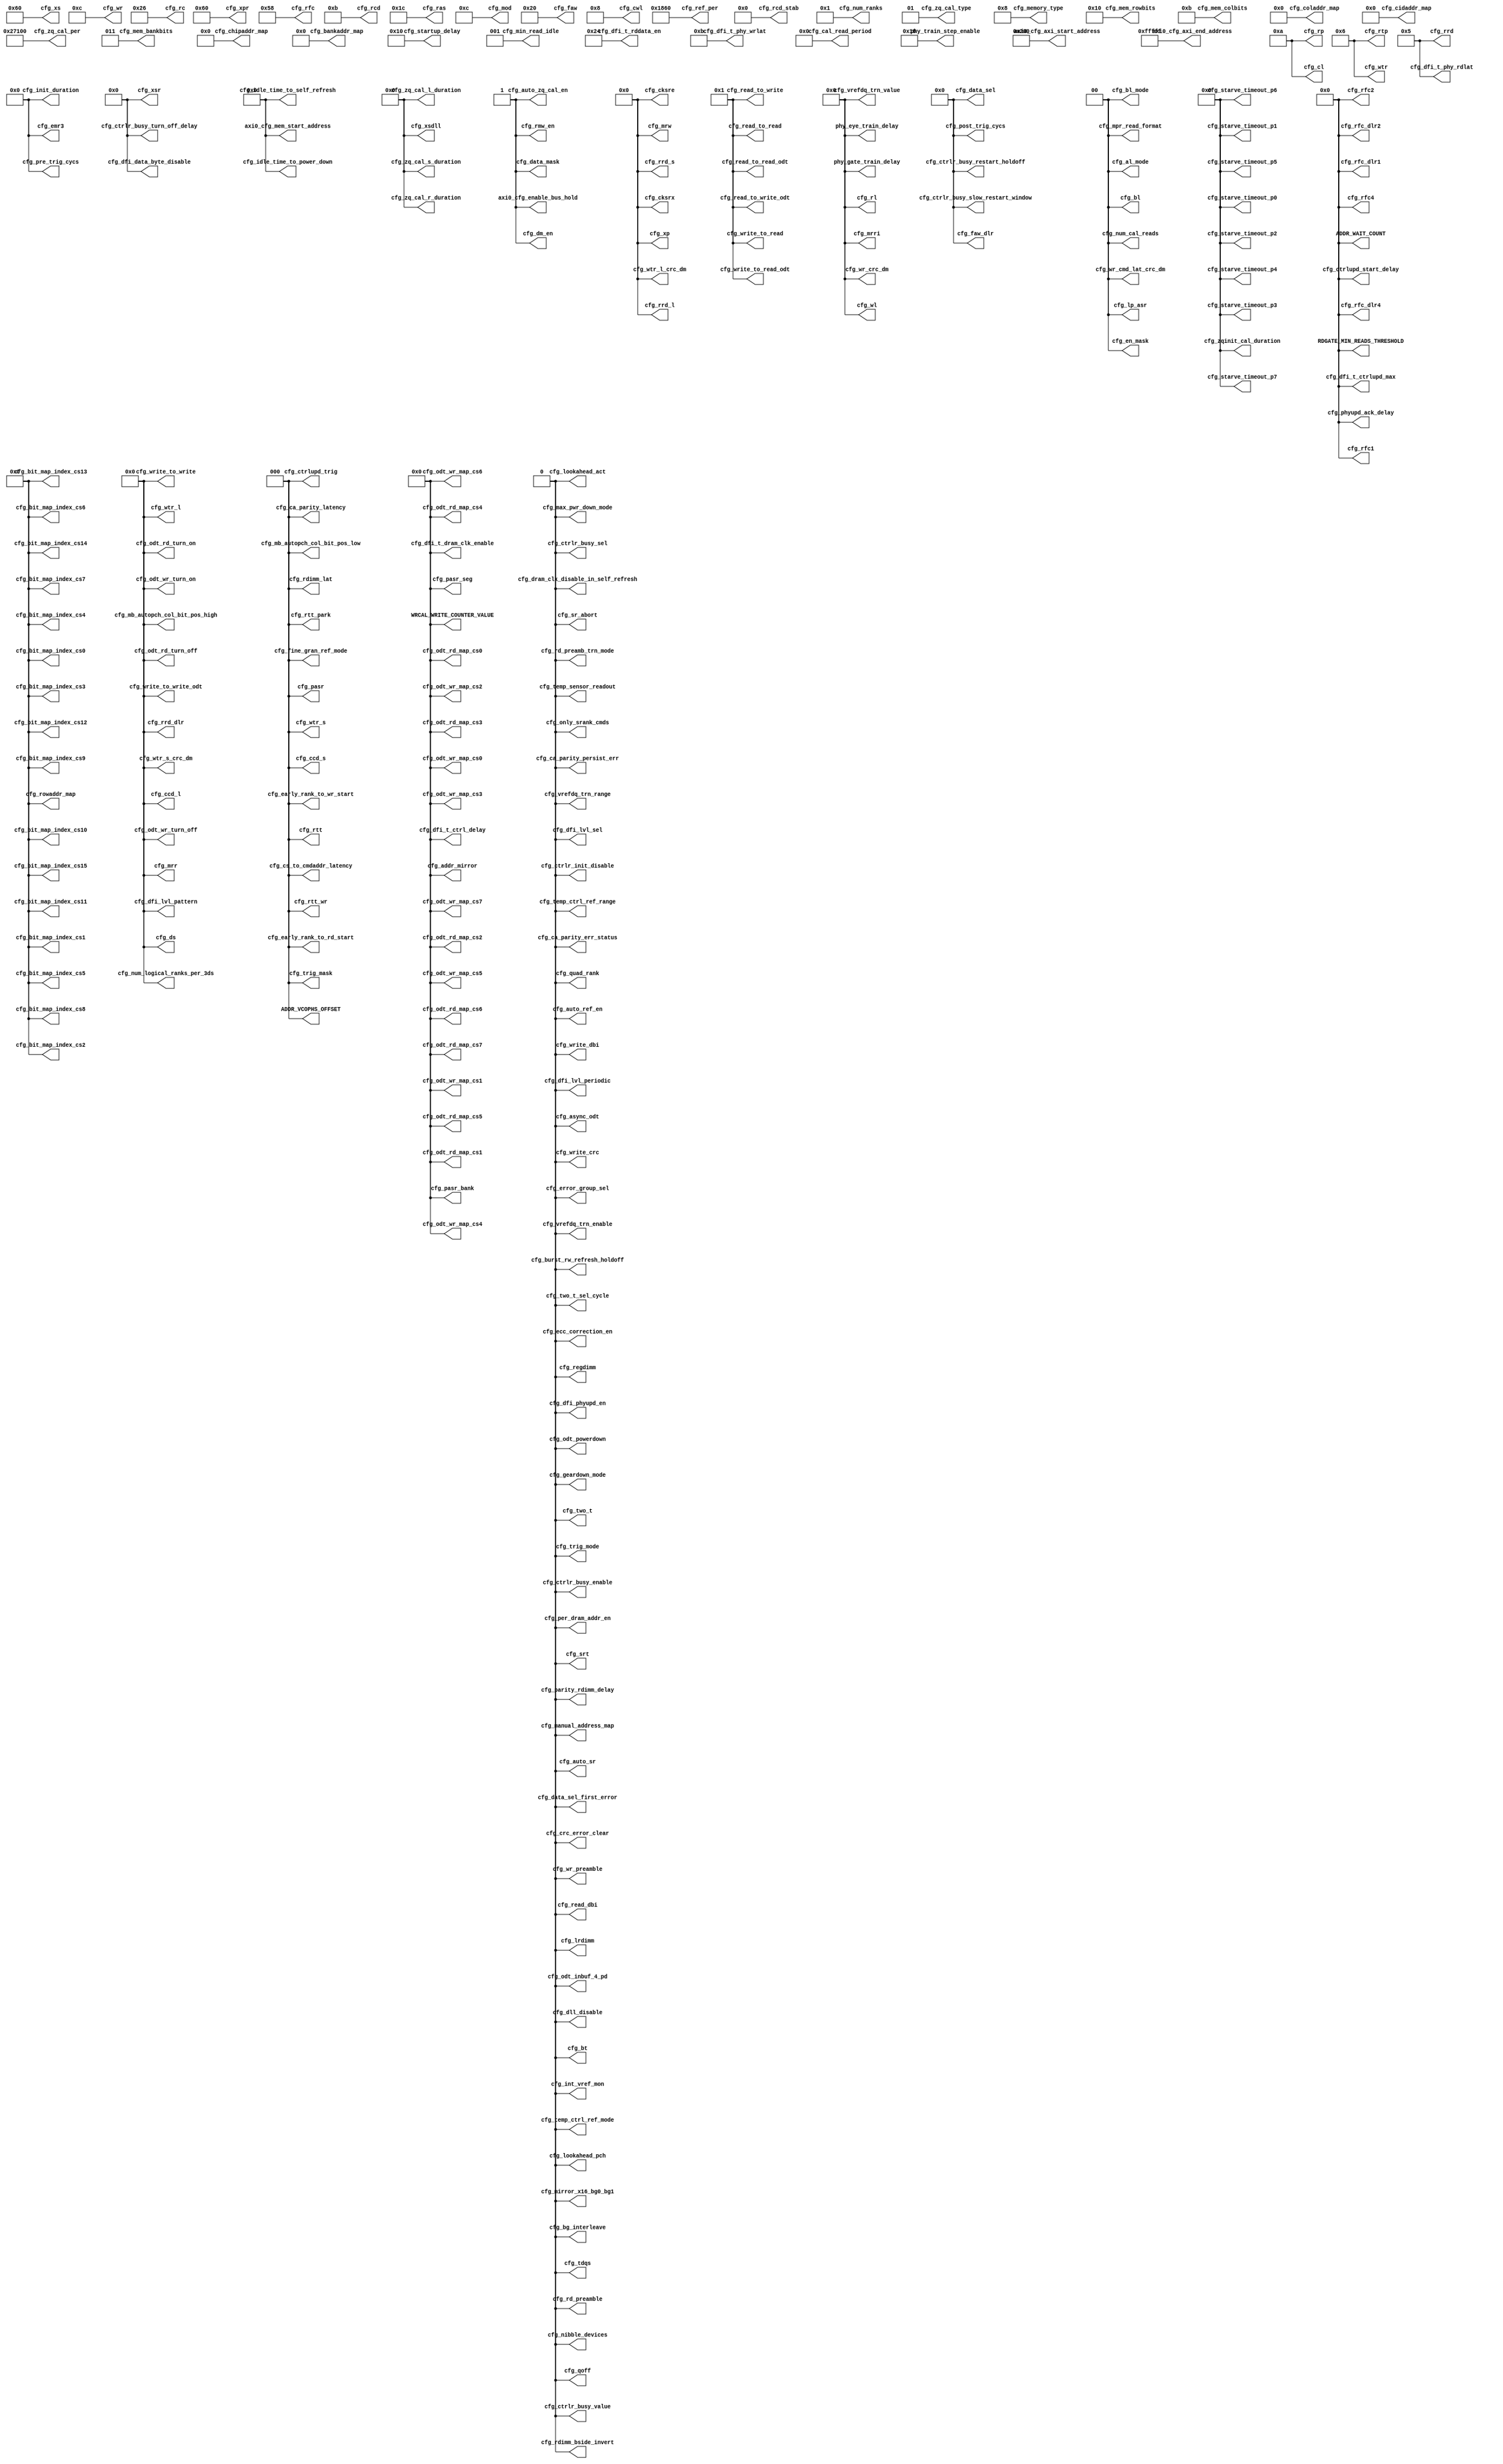
module PF_DDR_CFG_INIT (
    cfg_zqinit_cal_duration,
    cfg_zq_cal_type,
    cfg_zq_cal_s_duration,
    cfg_zq_cal_r_duration,
    cfg_zq_cal_per,
    cfg_zq_cal_l_duration,
    cfg_xsr,
    cfg_xsdll,
    cfg_xs,
    cfg_xpr,
    cfg_xp,
    cfg_wtr_s_crc_dm,
    cfg_wtr_s,
    cfg_wtr_l_crc_dm,
    cfg_wtr_l,
    cfg_wtr,
    cfg_write_to_write_odt,
    cfg_write_to_write,
    cfg_write_to_read_odt,
    cfg_write_to_read,
    cfg_write_dbi,
    cfg_write_crc,
    cfg_wr_preamble,
    cfg_wr_crc_dm,
    cfg_wr_cmd_lat_crc_dm,
    cfg_wr,
    cfg_wl,
    cfg_vrefdq_trn_value,
    cfg_vrefdq_trn_range,
    cfg_vrefdq_trn_enable,
    cfg_two_t_sel_cycle,
    cfg_two_t,
    cfg_trig_mode,
    cfg_trig_mask,
    cfg_temp_sensor_readout,
    cfg_temp_ctrl_ref_range,
    cfg_temp_ctrl_ref_mode,
    cfg_tdqs,
    cfg_starve_timeout_p7,
    cfg_starve_timeout_p6,
    cfg_starve_timeout_p5,
    cfg_starve_timeout_p4,
    cfg_starve_timeout_p3,
    cfg_starve_timeout_p2,
    cfg_starve_timeout_p1,
    cfg_starve_timeout_p0,
    cfg_pre_trig_cycs, 
    cfg_startup_delay,
    cfg_srt,
    cfg_sr_abort,
    cfg_rtt_wr,
    cfg_rtt_park,
    cfg_rtt,
    cfg_rtp,
    cfg_rrd_s,
    cfg_rrd_l,
    cfg_rrd_dlr,
    cfg_rrd,
    cfg_rp,
    cfg_rowaddr_map,
    cfg_rmw_en,
    cfg_rl,
    cfg_rfc_dlr4,
    cfg_rfc_dlr2,
    cfg_rfc_dlr1,
    cfg_rfc4,
    cfg_rfc2,
    cfg_rfc1,
    cfg_rfc,
    cfg_regdimm,
    cfg_ref_per,
    cfg_read_to_write_odt,
    cfg_read_to_write,
    cfg_read_to_read_odt,
    cfg_read_to_read,
    cfg_read_dbi,
    cfg_rdimm_lat,
    cfg_rdimm_bside_invert,
    cfg_rd_preamble,
    cfg_rd_preamb_trn_mode,
    cfg_rcd_stab,
    cfg_rcd,
    cfg_rc,
    cfg_ras,
    cfg_quad_rank,
    cfg_qoff,
    cfg_post_trig_cycs,
    cfg_phyupd_ack_delay,
    cfg_per_dram_addr_en,
    cfg_pasr_seg,
    cfg_pasr_bank,
    cfg_pasr,
    cfg_parity_rdimm_delay,
    cfg_only_srank_cmds,
    cfg_odt_wr_turn_on,
    cfg_odt_wr_turn_off,
    cfg_odt_wr_map_cs7,
    cfg_odt_wr_map_cs6,
    cfg_odt_wr_map_cs5,
    cfg_odt_wr_map_cs4,
    cfg_odt_wr_map_cs3,
    cfg_odt_wr_map_cs2,
    cfg_odt_wr_map_cs1,
    cfg_odt_wr_map_cs0,
    cfg_odt_rd_turn_on,
    cfg_odt_rd_turn_off,
    cfg_odt_rd_map_cs7,
    cfg_odt_rd_map_cs6,
    cfg_odt_rd_map_cs5,
    cfg_odt_rd_map_cs4,
    cfg_odt_rd_map_cs3,
    cfg_odt_rd_map_cs2,
    cfg_odt_rd_map_cs1,
    cfg_odt_rd_map_cs0,
    cfg_odt_powerdown,
    cfg_odt_inbuf_4_pd,
    cfg_num_ranks,
    cfg_num_logical_ranks_per_3ds,
    cfg_num_cal_reads,
    cfg_nibble_devices,
    cfg_mrw,
    cfg_mrri,
    cfg_mrr,
    cfg_mpr_read_format,
    cfg_mod,
    cfg_mirror_x16_bg0_bg1,
    cfg_min_read_idle,
    cfg_memory_type,
    cfg_mem_rowbits,
    cfg_mem_colbits,
    cfg_mem_bankbits,
    cfg_mb_autopch_col_bit_pos_low,
    cfg_mb_autopch_col_bit_pos_high,
    cfg_max_pwr_down_mode,
    cfg_manual_address_map,
    cfg_lrdimm,
    cfg_lp_asr,
    cfg_lookahead_pch,
    cfg_lookahead_act,
    cfg_int_vref_mon,
    cfg_init_duration,
    cfg_idle_time_to_self_refresh,
    cfg_idle_time_to_power_down,
    cfg_geardown_mode,
    cfg_fine_gran_ref_mode,
    cfg_faw_dlr,
    cfg_faw,
    cfg_error_group_sel,
    cfg_en_mask,
    cfg_emr3,
    cfg_ecc_correction_en,
    cfg_early_rank_to_wr_start,
    cfg_early_rank_to_rd_start,
    cfg_ds,
    cfg_dram_clk_disable_in_self_refresh,
    cfg_dm_en,
    cfg_dll_disable,
    cfg_dfi_t_rddata_en,
    cfg_dfi_t_phy_wrlat,
    cfg_dfi_t_phy_rdlat,
    cfg_dfi_t_dram_clk_enable,
    cfg_dfi_t_ctrlupd_max,
    cfg_dfi_t_ctrl_delay,
    cfg_dfi_phyupd_en,
    cfg_dfi_lvl_sel,
    cfg_dfi_lvl_periodic,
    cfg_dfi_lvl_pattern,
    cfg_dfi_data_byte_disable,
    cfg_data_sel,
    cfg_data_sel_first_error,
    cfg_data_mask,
    cfg_cwl,
    cfg_ctrlupd_trig,
    cfg_ctrlupd_start_delay,
    cfg_ctrlr_init_disable,
    cfg_ctrlr_busy_value,
    cfg_ctrlr_busy_turn_off_delay,
    cfg_ctrlr_busy_slow_restart_window,
    cfg_ctrlr_busy_sel,
    cfg_ctrlr_busy_restart_holdoff,
    cfg_ctrlr_busy_enable,
    cfg_cs_to_cmdaddr_latency,
    cfg_crc_error_clear,
    cfg_coladdr_map,
    cfg_cl,
    cfg_cksrx,
    cfg_cksre,
    cfg_cidaddr_map,
    cfg_chipaddr_map,
    cfg_ccd_s,
    cfg_ccd_l,
    cfg_cal_read_period,
    cfg_ca_parity_persist_err,
    cfg_ca_parity_latency,
    cfg_ca_parity_err_status,
    cfg_burst_rw_refresh_holdoff,
    cfg_bt,
    cfg_bl_mode,
    cfg_bl,
    cfg_bit_map_index_cs9,
    cfg_bit_map_index_cs8,
    cfg_bit_map_index_cs7,
    cfg_bit_map_index_cs6,
    cfg_bit_map_index_cs5,
    cfg_bit_map_index_cs4,
    cfg_bit_map_index_cs3,
    cfg_bit_map_index_cs2,
    cfg_bit_map_index_cs15,
    cfg_bit_map_index_cs14,
    cfg_bit_map_index_cs13,
    cfg_bit_map_index_cs12,
    cfg_bit_map_index_cs11,
    cfg_bit_map_index_cs10,
    cfg_bit_map_index_cs1,
    cfg_bit_map_index_cs0,
    cfg_bg_interleave,
    cfg_bankaddr_map,
    cfg_auto_zq_cal_en,
    cfg_auto_sr,
    cfg_auto_ref_en,
    cfg_async_odt,
    cfg_al_mode,
    cfg_addr_mirror,
    axi0_cfg_axi_start_address,
    axi0_cfg_axi_end_address,
    axi0_cfg_mem_start_address,
    axi0_cfg_enable_bus_hold,
    phy_train_step_enable,
    ADDR_WAIT_COUNT,
    WRCAL_WRITE_COUNTER_VALUE,
    RDGATE_MIN_READS_THRESHOLD,
    phy_gate_train_delay,
    phy_eye_train_delay,
    ADDR_VCOPHS_OFFSET
);

    parameter SKIP_STARTUP_DELAY_SIMULATION = 1;
    parameter SKIP_TRAINING_SIMULATION = 1;
    parameter DEF_CFG_ZQINIT_CAL_DURATION = 12'h000;
    parameter DEF_CFG_ZQ_CAL_TYPE = 2'h1;
    parameter DEF_CFG_ZQ_CAL_S_DURATION = 11'h000;
    parameter DEF_CFG_ZQ_CAL_R_DURATION = 11'h000;
    parameter DEF_CFG_ZQ_CAL_PER = 32'h00027100;
    parameter DEF_CFG_ZQ_CAL_L_DURATION = 11'h000;
    parameter DEF_CFG_XSR = 9'h000;
    parameter DEF_CFG_XSDLL = 11'h000;
    parameter DEF_CFG_XS = 9'h060;
    parameter DEF_CFG_XPR = 10'h060;
    parameter DEF_CFG_XP = 5'h00;
    parameter DEF_CFG_WTR_S_CRC_DM = 4'h0;
    parameter DEF_CFG_WTR_S = 3'h0;
    parameter DEF_CFG_WTR_L_CRC_DM = 5'h00;
    parameter DEF_CFG_WTR_L = 4'h0;
    parameter DEF_CFG_WTR = 5'h06;
    parameter DEF_CFG_WRITE_TO_WRITE_ODT = 4'h0;
    parameter DEF_CFG_WRITE_TO_WRITE = 4'h0;
    parameter DEF_CFG_WRITE_TO_READ_ODT = 4'h1;
    parameter DEF_CFG_WRITE_TO_READ = 4'h1;
    parameter DEF_CFG_WRITE_DBI = 1'h0;
    parameter DEF_CFG_WRITE_CRC = 1'h0;
    parameter DEF_CFG_WR_PREAMBLE = 1'h0;
    parameter DEF_CFG_WR_CRC_DM = 6'h00;
    parameter DEF_CFG_WR_CMD_LAT_CRC_DM = 2'h0;
    parameter DEF_CFG_WR = 6'h0c;
    parameter DEF_CFG_WL = 6'h00;
    parameter DEF_CFG_VREFDQ_TRN_VALUE = 6'h00;
    parameter DEF_CFG_VREFDQ_TRN_RANGE = 1'h0;
    parameter DEF_CFG_VREFDQ_TRN_ENABLE = 1'h0;
    parameter DEF_CFG_TWO_T_SEL_CYCLE = 1'h0;
    parameter DEF_CFG_TWO_T = 1'h0;
    parameter DEF_CFG_TRIG_MODE = 1'h0;
    parameter DEF_CFG_TRIG_MASK = 3'h0;
    parameter DEF_CFG_TEMP_SENSOR_READOUT = 1'h0;
    parameter DEF_CFG_TEMP_CTRL_REF_RANGE = 1'h0;
    parameter DEF_CFG_TEMP_CTRL_REF_MODE = 1'h0;
    parameter DEF_CFG_TDQS = 1'h0;
    parameter DEF_CFG_STARVE_TIMEOUT_P7 = 12'h000;
    parameter DEF_CFG_STARVE_TIMEOUT_P6 = 12'h000;
    parameter DEF_CFG_STARVE_TIMEOUT_P5 = 12'h000;
    parameter DEF_CFG_STARVE_TIMEOUT_P4 = 12'h000;
    parameter DEF_CFG_STARVE_TIMEOUT_P3 = 12'h000;
    parameter DEF_CFG_STARVE_TIMEOUT_P2 = 12'h000;
    parameter DEF_CFG_STARVE_TIMEOUT_P1 = 12'h000;
    parameter DEF_CFG_STARVE_TIMEOUT_P0 = 12'h000;
    parameter DEF_CFG_PRE_TRIG_CYCS = 16'h0000;
    parameter DEF_CFG_STARTUP_DELAY = 19'h00010;
    parameter DEF_CFG_SRT = 1'h0;
    parameter DEF_CFG_SR_ABORT = 1'h0;
    parameter DEF_CFG_RTT_WR = 3'h0;
    parameter DEF_CFG_RTT_PARK = 3'h0;
    parameter DEF_CFG_RTT = 3'h0;
    parameter DEF_CFG_RTP = 5'h06;
    parameter DEF_CFG_RRD_S = 5'h00;
    parameter DEF_CFG_RRD_L = 5'h00;
    parameter DEF_CFG_RRD_DLR = 4'h0;
    parameter DEF_CFG_RRD = 5'h05;
    parameter DEF_CFG_RP = 6'h0a;
    parameter DEF_CFG_ROWADDR_MAP_3 = 24'h000000;
    parameter DEF_CFG_ROWADDR_MAP_2 = 28'h0000000;
    parameter DEF_CFG_ROWADDR_MAP_1 = 28'h0000000;
    parameter DEF_CFG_ROWADDR_MAP_0 = 28'h0000000;
    parameter DEF_CFG_RMW_EN = 1'h1;
    parameter DEF_CFG_RL = 6'h00;
    parameter DEF_CFG_RFC_DLR4 = 10'h000;
    parameter DEF_CFG_RFC_DLR2 = 10'h000;
    parameter DEF_CFG_RFC_DLR1 = 10'h000;
    parameter DEF_CFG_RFC4 = 10'h000;
    parameter DEF_CFG_RFC2 = 10'h000;
    parameter DEF_CFG_RFC1 = 10'h000;
    parameter DEF_CFG_RFC = 10'h058;
    parameter DEF_CFG_REGDIMM = 1'h0;
    parameter DEF_CFG_REF_PER = 16'h1860;
    parameter DEF_CFG_READ_TO_WRITE_ODT = 4'h1;
    parameter DEF_CFG_READ_TO_WRITE = 4'h1;
    parameter DEF_CFG_READ_TO_READ_ODT = 4'h1;
    parameter DEF_CFG_READ_TO_READ = 4'h1;
    parameter DEF_CFG_READ_DBI = 1'h0;
    parameter DEF_CFG_RDIMM_LAT = 3'h0;
    parameter DEF_CFG_RDIMM_BSIDE_INVERT = 1'h0;
    parameter DEF_CFG_RD_PREAMBLE = 1'h0;
    parameter DEF_CFG_RD_PREAMB_TRN_MODE = 1'h0;
    parameter DEF_CFG_RCD_STAB = 14'h0000;
    parameter DEF_CFG_RCD = 7'h0b;
    parameter DEF_CFG_RC = 8'h26;
    parameter DEF_CFG_RAS = 7'h1c;
    parameter DEF_CFG_QUAD_RANK = 1'h0;
    parameter DEF_CFG_QOFF = 1'h0;
    parameter DEF_CFG_POST_TRIG_CYCS = 7'h00;
    parameter DEF_CFG_PHYUPD_ACK_DELAY = 10'h000;
    parameter DEF_CFG_PER_DRAM_ADDR_EN = 1'h0;
    parameter DEF_CFG_PASR_SEG = 8'h00;
    parameter DEF_CFG_PASR_BANK = 8'h00;
    parameter DEF_CFG_PASR = 3'h0;
    parameter DEF_CFG_PARITY_RDIMM_DELAY = 1'h0;
    parameter DEF_CFG_ONLY_SRANK_CMDS = 1'h0;
    parameter DEF_CFG_ODT_WR_TURN_ON = 4'h0;
    parameter DEF_CFG_ODT_WR_TURN_OFF = 4'h0;
    parameter DEF_CFG_ODT_WR_MAP_CS7 = 8'h00;
    parameter DEF_CFG_ODT_WR_MAP_CS6 = 8'h00;
    parameter DEF_CFG_ODT_WR_MAP_CS5 = 8'h00;
    parameter DEF_CFG_ODT_WR_MAP_CS4 = 8'h00;
    parameter DEF_CFG_ODT_WR_MAP_CS3 = 8'h00;
    parameter DEF_CFG_ODT_WR_MAP_CS2 = 8'h00;
    parameter DEF_CFG_ODT_WR_MAP_CS1 = 8'h00;
    parameter DEF_CFG_ODT_WR_MAP_CS0 = 8'h00;
    parameter DEF_CFG_ODT_RD_TURN_ON = 4'h0;
    parameter DEF_CFG_ODT_RD_TURN_OFF = 4'h0;
    parameter DEF_CFG_ODT_RD_MAP_CS7 = 8'h00;
    parameter DEF_CFG_ODT_RD_MAP_CS6 = 8'h00;
    parameter DEF_CFG_ODT_RD_MAP_CS5 = 8'h00;
    parameter DEF_CFG_ODT_RD_MAP_CS4 = 8'h00;
    parameter DEF_CFG_ODT_RD_MAP_CS3 = 8'h00;
    parameter DEF_CFG_ODT_RD_MAP_CS2 = 8'h00;
    parameter DEF_CFG_ODT_RD_MAP_CS1 = 8'h00;
    parameter DEF_CFG_ODT_RD_MAP_CS0 = 8'h00;
    parameter DEF_CFG_ODT_POWERDOWN = 1'h0;
    parameter DEF_CFG_ODT_INBUF_4_PD = 1'h0;
    parameter DEF_CFG_NUM_RANKS = 5'h01;
    parameter DEF_CFG_NUM_LOGICAL_RANKS_PER_3DS = 4'h0;
    parameter DEF_CFG_NUM_CAL_READS = 2'h0;
    parameter DEF_CFG_NIBBLE_DEVICES = 1'h0;
    parameter DEF_CFG_MRW = 5'h00;
    parameter DEF_CFG_MRRI = 6'h00;
    parameter DEF_CFG_MRR = 4'h0;
    parameter DEF_CFG_MPR_READ_FORMAT = 2'h0;
    parameter DEF_CFG_MOD = 5'h0c;
    parameter DEF_CFG_MIRROR_X16_BG0_BG1 = 1'h0;
    parameter DEF_CFG_MIN_READ_IDLE = 3'h1;
    parameter DEF_CFG_MEMORY_TYPE = 16'h0008;
    parameter DEF_CFG_MEM_ROWBITS = 5'h10;
    parameter DEF_CFG_MEM_COLBITS = 4'hb;
    parameter DEF_CFG_MEM_BANKBITS = 3'h3;
    parameter DEF_CFG_MB_AUTOPCH_COL_BIT_POS_LOW = 3'h0;
    parameter DEF_CFG_MB_AUTOPCH_COL_BIT_POS_HIGH = 4'h0;
    parameter DEF_CFG_MAX_PWR_DOWN_MODE = 1'h0;
    parameter DEF_CFG_MANUAL_ADDRESS_MAP = 1'h0;
    parameter DEF_CFG_LRDIMM = 1'h0;
    parameter DEF_CFG_LP_ASR = 2'h0;
    parameter DEF_CFG_LOOKAHEAD_PCH = 1'h0;
    parameter DEF_CFG_LOOKAHEAD_ACT = 1'h0;
    parameter DEF_CFG_INT_VREF_MON = 1'h0;
    parameter DEF_CFG_INIT_DURATION = 16'h0000;
    parameter DEF_CFG_IDLE_TIME_TO_SELF_REFRESH = 32'h00000000;
    parameter DEF_CFG_IDLE_TIME_TO_POWER_DOWN = 32'h00000000;
    parameter DEF_CFG_GEARDOWN_MODE = 1'h0;
    parameter DEF_CFG_FINE_GRAN_REF_MODE = 3'h0;
    parameter DEF_CFG_FAW_DLR = 7'h00;
    parameter DEF_CFG_FAW = 9'h020;
    parameter DEF_CFG_ERROR_GROUP_SEL = 1'h0;
    parameter DEF_CFG_EN_MASK = 2'h0;
    parameter DEF_CFG_EMR3 = 16'h0000;
    parameter DEF_CFG_ECC_CORRECTION_EN = 1'h0;
    parameter DEF_CFG_EARLY_RANK_TO_WR_START = 3'h0;
    parameter DEF_CFG_EARLY_RANK_TO_RD_START = 3'h0;
    parameter DEF_CFG_DS = 4'h0;
    parameter DEF_CFG_DRAM_CLK_DISABLE_IN_SELF_REFRESH = 1'h0;
    parameter DEF_CFG_DM_EN = 1'h1;
    parameter DEF_CFG_DLL_DISABLE = 1'h0;
    parameter DEF_CFG_DFI_T_RDDATA_EN = 6'h24;
    parameter DEF_CFG_DFI_T_RDDATA_EN_SIM = 6'h24;
    parameter DEF_CFG_DFI_T_PHY_WRLAT = 6'h0b;
    parameter DEF_CFG_DFI_T_PHY_WRLAT_SIM = 6'h0b;
    parameter DEF_CFG_DFI_T_PHY_RDLAT = 5'h05;
    parameter DEF_CFG_DFI_T_DRAM_CLK_ENABLE = 8'h00;
    parameter DEF_CFG_DFI_T_CTRLUPD_MAX = 10'h000;
    parameter DEF_CFG_DFI_T_CTRL_DELAY = 8'h00;
    parameter DEF_CFG_DFI_PHYUPD_EN = 1'h0;
    parameter DEF_CFG_DFI_LVL_SEL = 1'h0;
    parameter DEF_CFG_DFI_LVL_PERIODIC = 1'h0;
    parameter DEF_CFG_DFI_LVL_PATTERN = 4'h0;
    parameter DEF_CFG_DFI_DATA_BYTE_DISABLE = 4'h0;
    parameter DEF_CFG_DATA_SEL = 7'h00;
    parameter DEF_CFG_DATA_SEL_FIRST_ERROR = 1'h0;
    parameter DEF_CFG_DATA_MASK = 1'h1;
    parameter DEF_CFG_CWL = 5'h08;
    parameter DEF_CFG_CTRLUPD_TRIG = 3'h0;
    parameter DEF_CFG_CTRLUPD_START_DELAY = 10'h000;
    parameter DEF_CFG_CTRLR_INIT_DISABLE = 1'h0;
    parameter DEF_CFG_CTRLR_BUSY_VALUE = 1'h0;
    parameter DEF_CFG_CTRLR_BUSY_TURN_OFF_DELAY = 9'h000;
    parameter DEF_CFG_CTRLR_BUSY_SLOW_RESTART_WINDOW = 7'h00;
    parameter DEF_CFG_CTRLR_BUSY_SEL = 1'h0;
    parameter DEF_CFG_CTRLR_BUSY_RESTART_HOLDOFF = 7'h00;
    parameter DEF_CFG_CTRLR_BUSY_ENABLE = 1'h0;
    parameter DEF_CFG_CS_TO_CMDADDR_LATENCY = 3'h0;
    parameter DEF_CFG_CRC_ERROR_CLEAR = 1'h0;
    parameter DEF_CFG_COLADDR_MAP_3 = 12'h000;
    parameter DEF_CFG_COLADDR_MAP_2 = 28'h0000000;
    parameter DEF_CFG_COLADDR_MAP_1 = 28'h0000000;
    parameter DEF_CFG_COLADDR_MAP_0 = 28'h0000000;
    parameter DEF_CFG_CL = 6'h0a;
    parameter DEF_CFG_CKSRX = 5'h00;
    parameter DEF_CFG_CKSRE = 5'h00;
    parameter DEF_CFG_CIDADDR_MAP = 18'h00000;
    parameter DEF_CFG_CHIPADDR_MAP = 24'h000000;
    parameter DEF_CFG_CCD_S = 3'h0;
    parameter DEF_CFG_CCD_L = 4'h0;
    parameter DEF_CFG_CAL_READ_PERIOD = 22'h000000;
    parameter DEF_CFG_CA_PARITY_PERSIST_ERR = 1'h0;
    parameter DEF_CFG_CA_PARITY_LATENCY = 3'h0;
    parameter DEF_CFG_CA_PARITY_ERR_STATUS = 1'h0;
    parameter DEF_CFG_BURST_RW_REFRESH_HOLDOFF = 1'h0;
    parameter DEF_CFG_BT = 1'h0;
    parameter DEF_CFG_BL_MODE = 2'h0;
    parameter DEF_CFG_BL = 2'h0;
    parameter DEF_CFG_BIT_MAP_INDEX_CS9 = 48'h000000000000;
    parameter DEF_CFG_BIT_MAP_INDEX_CS8 = 48'h000000000000;
    parameter DEF_CFG_BIT_MAP_INDEX_CS7 = 48'h000000000000;
    parameter DEF_CFG_BIT_MAP_INDEX_CS6 = 48'h000000000000;
    parameter DEF_CFG_BIT_MAP_INDEX_CS5 = 48'h000000000000;
    parameter DEF_CFG_BIT_MAP_INDEX_CS4 = 48'h000000000000;
    parameter DEF_CFG_BIT_MAP_INDEX_CS3 = 48'h000000000000;
    parameter DEF_CFG_BIT_MAP_INDEX_CS2 = 48'h000000000000;
    parameter DEF_CFG_BIT_MAP_INDEX_CS15 = 48'h000000000000;
    parameter DEF_CFG_BIT_MAP_INDEX_CS14 = 48'h000000000000;
    parameter DEF_CFG_BIT_MAP_INDEX_CS13 = 48'h000000000000;
    parameter DEF_CFG_BIT_MAP_INDEX_CS12 = 48'h000000000000;
    parameter DEF_CFG_BIT_MAP_INDEX_CS11 = 48'h000000000000;
    parameter DEF_CFG_BIT_MAP_INDEX_CS10 = 48'h000000000000;
    parameter DEF_CFG_BIT_MAP_INDEX_CS1 = 48'h000000000000;
    parameter DEF_CFG_BIT_MAP_INDEX_CS0 = 48'h000000000000;
    parameter DEF_CFG_BG_INTERLEAVE = 1'h0;
    parameter DEF_CFG_BANKADDR_MAP = 36'h000000000;
    parameter DEF_CFG_AUTO_ZQ_CAL_EN = 1'h1;
    parameter DEF_CFG_AUTO_SR = 1'h0;
    parameter DEF_CFG_AUTO_REF_EN = 1'h0;
    parameter DEF_CFG_ASYNC_ODT = 1'h0;
    parameter DEF_CFG_AL_MODE = 2'h0;
    parameter DEF_CFG_ADDR_MIRROR = 8'h00;
    parameter DEF_AXI0_CFG_AXI_START_ADDRESS = 32'h00000200;
    parameter DEF_AXI0_CFG_AXI_END_ADDRESS = 32'h00FFFFF;
    parameter DEF_AXI0_CFG_MEM_START_ADDRESS = 32'h00000000;
    parameter DEF_AXI0_CFG_ENABLE_BUS_HOLD = 1'h1;
    parameter DEF_PHY_TRAIN_STEP_ENABLE = 6'h18;
    parameter DEF_PHY_TRAIN_STEP_ENABLE_SIM = 6'h0;

    parameter DEF_ADDR_WAIT_COUNT = 0;
    parameter DEF_WRCAL_WRITE_COUNTER_VALUE = 0;
    parameter DEF_RDGATE_MIN_READS_THRESHOLD = 0;
    parameter DEF_PHY_GATE_TRAIN_DELAY = 0;
    parameter DEF_PHY_EYE_TRAIN_DELAY = 0;

    parameter DEF_ADDR_WAIT_COUNT_SIM = 0;
    parameter DEF_WRCAL_WRITE_COUNTER_VALUE_SIM = 0;
    parameter DEF_RDGATE_MIN_READS_THRESHOLD_SIM = 0;
    parameter DEF_PHY_GATE_TRAIN_DELAY_SIM = 0;
    parameter DEF_PHY_EYE_TRAIN_DELAY_SIM = 0;

    parameter FAST_TRAINING_SIMULTION = 0;

    parameter DEF_ADDR_VCOPHS_OFFSET = 0;
    parameter DEF_ADDR_VCOPHS_OFFSET_SIM = 0;

    output [11:0] cfg_zqinit_cal_duration;
    output [1:0] cfg_zq_cal_type;
    output [10:0] cfg_zq_cal_s_duration;
    output [10:0] cfg_zq_cal_r_duration;
    output [31:0] cfg_zq_cal_per;
    output [10:0] cfg_zq_cal_l_duration;
    output [8:0] cfg_xsr;
    output [10:0] cfg_xsdll;
    output [8:0] cfg_xs;
    output [9:0] cfg_xpr;
    output [4:0] cfg_xp;
    output [3:0] cfg_wtr_s_crc_dm;
    output [2:0] cfg_wtr_s;
    output [4:0] cfg_wtr_l_crc_dm;
    output [3:0] cfg_wtr_l;
    output [4:0] cfg_wtr;
    output [3:0] cfg_write_to_write_odt;
    output [3:0] cfg_write_to_write;
    output [3:0] cfg_write_to_read_odt;
    output [3:0] cfg_write_to_read;
    output cfg_write_dbi;
    output cfg_write_crc;
    output cfg_wr_preamble;
    output [5:0] cfg_wr_crc_dm;
    output [1:0] cfg_wr_cmd_lat_crc_dm;
    output [5:0] cfg_wr;
    output [5:0] cfg_wl;
    output [5:0] cfg_vrefdq_trn_value;
    output cfg_vrefdq_trn_range;
    output cfg_vrefdq_trn_enable;
    output cfg_two_t_sel_cycle;
    output cfg_two_t;
    output cfg_trig_mode;
    output [2:0] cfg_trig_mask;
    output cfg_temp_sensor_readout;
    output cfg_temp_ctrl_ref_range;
    output cfg_temp_ctrl_ref_mode;
    output cfg_tdqs;
    output [11:0] cfg_starve_timeout_p7;
    output [11:0] cfg_starve_timeout_p6;
    output [11:0] cfg_starve_timeout_p5;
    output [11:0] cfg_starve_timeout_p4;
    output [11:0] cfg_starve_timeout_p3;
    output [11:0] cfg_starve_timeout_p2;
    output [11:0] cfg_starve_timeout_p1;
    output [11:0] cfg_starve_timeout_p0;
    output [15:0] cfg_pre_trig_cycs;
    output [18:0] cfg_startup_delay;
    output cfg_srt;
    output cfg_sr_abort;
    output [2:0] cfg_rtt_wr;
    output [2:0] cfg_rtt_park;
    output [2:0] cfg_rtt;
    output [4:0] cfg_rtp;
    output [4:0] cfg_rrd_s;
    output [4:0] cfg_rrd_l;
    output [3:0] cfg_rrd_dlr;
    output [4:0] cfg_rrd;
    output [5:0] cfg_rp;
    output [107:0] cfg_rowaddr_map;
    output cfg_rmw_en;
    output [5:0] cfg_rl;
    output [9:0] cfg_rfc_dlr4;
    output [9:0] cfg_rfc_dlr2;
    output [9:0] cfg_rfc_dlr1;
    output [9:0] cfg_rfc4;
    output [9:0] cfg_rfc2;
    output [9:0] cfg_rfc1;
    output [9:0] cfg_rfc;
    output cfg_regdimm;
    output [15:0] cfg_ref_per;
    output [3:0] cfg_read_to_write_odt;
    output [3:0] cfg_read_to_write;
    output [3:0] cfg_read_to_read_odt;
    output [3:0] cfg_read_to_read;
    output cfg_read_dbi;
    output [2:0] cfg_rdimm_lat;
    output cfg_rdimm_bside_invert;
    output cfg_rd_preamble;
    output cfg_rd_preamb_trn_mode;
    output [13:0] cfg_rcd_stab;
    output [6:0] cfg_rcd;
    output [7:0] cfg_rc;
    output [6:0] cfg_ras;
    output cfg_quad_rank;
    output cfg_qoff;
    output [6:0] cfg_post_trig_cycs;
    output [9:0] cfg_phyupd_ack_delay;
    output cfg_per_dram_addr_en;
    output [7:0] cfg_pasr_seg;
    output [7:0] cfg_pasr_bank;
    output [2:0] cfg_pasr;
    output cfg_parity_rdimm_delay;
    output cfg_only_srank_cmds;
    output [3:0] cfg_odt_wr_turn_on;
    output [3:0] cfg_odt_wr_turn_off;
    output [7:0] cfg_odt_wr_map_cs7;
    output [7:0] cfg_odt_wr_map_cs6;
    output [7:0] cfg_odt_wr_map_cs5;
    output [7:0] cfg_odt_wr_map_cs4;
    output [7:0] cfg_odt_wr_map_cs3;
    output [7:0] cfg_odt_wr_map_cs2;
    output [7:0] cfg_odt_wr_map_cs1;
    output [7:0] cfg_odt_wr_map_cs0;
    output [3:0] cfg_odt_rd_turn_on;
    output [3:0] cfg_odt_rd_turn_off;
    output [7:0] cfg_odt_rd_map_cs7;
    output [7:0] cfg_odt_rd_map_cs6;
    output [7:0] cfg_odt_rd_map_cs5;
    output [7:0] cfg_odt_rd_map_cs4;
    output [7:0] cfg_odt_rd_map_cs3;
    output [7:0] cfg_odt_rd_map_cs2;
    output [7:0] cfg_odt_rd_map_cs1;
    output [7:0] cfg_odt_rd_map_cs0;
    output cfg_odt_powerdown;
    output cfg_odt_inbuf_4_pd;
    output [4:0] cfg_num_ranks;
    output [3:0] cfg_num_logical_ranks_per_3ds;
    output [1:0] cfg_num_cal_reads;
    output cfg_nibble_devices;
    output [4:0] cfg_mrw;
    output [5:0] cfg_mrri;
    output [3:0] cfg_mrr;
    output [1:0] cfg_mpr_read_format;
    output [4:0] cfg_mod;
    output cfg_mirror_x16_bg0_bg1;
    output [2:0] cfg_min_read_idle;
    output [15:0] cfg_memory_type;
    output [4:0] cfg_mem_rowbits;
    output [3:0] cfg_mem_colbits;
    output [2:0] cfg_mem_bankbits;
    output [2:0] cfg_mb_autopch_col_bit_pos_low;
    output [3:0] cfg_mb_autopch_col_bit_pos_high;
    output cfg_max_pwr_down_mode;
    output cfg_manual_address_map;
    output cfg_lrdimm;
    output [1:0] cfg_lp_asr;
    output cfg_lookahead_pch;
    output cfg_lookahead_act;
    output cfg_int_vref_mon;
    output [15:0] cfg_init_duration;
    output [31:0] cfg_idle_time_to_self_refresh;
    output [31:0] cfg_idle_time_to_power_down;
    output cfg_geardown_mode;
    output [2:0] cfg_fine_gran_ref_mode;
    output [6:0] cfg_faw_dlr;
    output [8:0] cfg_faw;
    output cfg_error_group_sel;
    output [1:0] cfg_en_mask;
    output [15:0] cfg_emr3;
    output cfg_ecc_correction_en;
    output [2:0] cfg_early_rank_to_wr_start;
    output [2:0] cfg_early_rank_to_rd_start;
    output [3:0] cfg_ds;
    output cfg_dram_clk_disable_in_self_refresh;
    output cfg_dm_en;
    output cfg_dll_disable;
    output [5:0] cfg_dfi_t_rddata_en;
    output [5:0] cfg_dfi_t_phy_wrlat;
    output [4:0] cfg_dfi_t_phy_rdlat;
    output [7:0] cfg_dfi_t_dram_clk_enable;
    output [9:0] cfg_dfi_t_ctrlupd_max;
    output [7:0] cfg_dfi_t_ctrl_delay;
    output cfg_dfi_phyupd_en;
    output cfg_dfi_lvl_sel;
    output cfg_dfi_lvl_periodic;
    output [3:0] cfg_dfi_lvl_pattern;
    output [8:0] cfg_dfi_data_byte_disable;
    output [6:0] cfg_data_sel;
    output cfg_data_sel_first_error;
    output cfg_data_mask;
    output [4:0] cfg_cwl;
    output [2:0] cfg_ctrlupd_trig;
    output [9:0] cfg_ctrlupd_start_delay;
    output cfg_ctrlr_init_disable;
    output cfg_ctrlr_busy_value;
    output [8:0] cfg_ctrlr_busy_turn_off_delay;
    output [6:0] cfg_ctrlr_busy_slow_restart_window;
    output cfg_ctrlr_busy_sel;
    output [6:0] cfg_ctrlr_busy_restart_holdoff;
    output cfg_ctrlr_busy_enable;
    output [2:0] cfg_cs_to_cmdaddr_latency;
    output cfg_crc_error_clear;
    output [95:0] cfg_coladdr_map;
    output [5:0] cfg_cl;
    output [4:0] cfg_cksrx;
    output [4:0] cfg_cksre;
    output [17:0] cfg_cidaddr_map;
    output [23:0] cfg_chipaddr_map;
    output [2:0] cfg_ccd_s;
    output [3:0] cfg_ccd_l;
    output [21:0] cfg_cal_read_period;
    output cfg_ca_parity_persist_err;
    output [2:0] cfg_ca_parity_latency;
    output cfg_ca_parity_err_status;
    output cfg_burst_rw_refresh_holdoff;
    output cfg_bt;
    output [1:0] cfg_bl_mode;
    output [1:0] cfg_bl;
    output [107:0] cfg_bit_map_index_cs9;
    output [107:0] cfg_bit_map_index_cs8;
    output [107:0] cfg_bit_map_index_cs7;
    output [107:0] cfg_bit_map_index_cs6;
    output [107:0] cfg_bit_map_index_cs5;
    output [107:0] cfg_bit_map_index_cs4;
    output [107:0] cfg_bit_map_index_cs3;
    output [107:0] cfg_bit_map_index_cs2;
    output [107:0] cfg_bit_map_index_cs15;
    output [107:0] cfg_bit_map_index_cs14;
    output [107:0] cfg_bit_map_index_cs13;
    output [107:0] cfg_bit_map_index_cs12;
    output [107:0] cfg_bit_map_index_cs11;
    output [107:0] cfg_bit_map_index_cs10;
    output [107:0] cfg_bit_map_index_cs1;
    output [107:0] cfg_bit_map_index_cs0;
    output cfg_bg_interleave;
    output [35:0] cfg_bankaddr_map;
    output cfg_auto_zq_cal_en;
    output cfg_auto_sr;
    output cfg_auto_ref_en;
    output cfg_async_odt;
    output [1:0] cfg_al_mode;
    output [7:0] cfg_addr_mirror;
    output [31:0] axi0_cfg_axi_start_address;
    output [31:0] axi0_cfg_axi_end_address;
    output [31:0] axi0_cfg_mem_start_address;
    output axi0_cfg_enable_bus_hold;
    output [5:0] phy_train_step_enable;

    output [9:0] ADDR_WAIT_COUNT;
    output [7:0] WRCAL_WRITE_COUNTER_VALUE;
    output [9:0] RDGATE_MIN_READS_THRESHOLD;
    output [5:0] phy_gate_train_delay;
    output [5:0] phy_eye_train_delay;

    output [2:0] ADDR_VCOPHS_OFFSET;


    wire [18:0] cfg_startup_delay_int;
    wire [5:0] cfg_dfi_t_phy_wrlat_int;
    wire [5:0] phy_train_step_enable_int;
    wire [5:0] cfg_dfi_t_rddata_en_int;

    wire [9:0] ADDR_WAIT_COUNT_int;
    wire [7:0] WRCAL_WRITE_COUNTER_VALUE_int;
    wire [9:0] RDGATE_MIN_READS_THRESHOLD_int;
    wire [5:0] phy_gate_train_delay_int;
    wire [5:0] phy_eye_train_delay_int;

    /* synthesis translate_off */
    generate
        if ( SKIP_STARTUP_DELAY_SIMULATION )
            assign cfg_startup_delay_int = 10;
        else
    /* synthesis translate_on */
            assign cfg_startup_delay_int = DEF_CFG_STARTUP_DELAY;
    /* synthesis translate_off */
    endgenerate
    /* synthesis translate_on */

    /* synthesis translate_off */
    generate
        if ( SKIP_TRAINING_SIMULATION ) begin
            assign phy_train_step_enable_int = DEF_PHY_TRAIN_STEP_ENABLE_SIM;
            assign ADDR_WAIT_COUNT_int = DEF_ADDR_WAIT_COUNT_SIM ;
            assign WRCAL_WRITE_COUNTER_VALUE_int = DEF_WRCAL_WRITE_COUNTER_VALUE_SIM ;
            assign RDGATE_MIN_READS_THRESHOLD_int = DEF_RDGATE_MIN_READS_THRESHOLD_SIM ;
            assign phy_gate_train_delay_int = DEF_PHY_GATE_TRAIN_DELAY_SIM ;
            assign phy_eye_train_delay_int = DEF_PHY_EYE_TRAIN_DELAY_SIM ;
        end else if ( FAST_TRAINING_SIMULTION ) begin
        	assign phy_train_step_enable_int = DEF_PHY_TRAIN_STEP_ENABLE;
            assign ADDR_WAIT_COUNT_int = DEF_ADDR_WAIT_COUNT_SIM ;
            assign WRCAL_WRITE_COUNTER_VALUE_int = DEF_WRCAL_WRITE_COUNTER_VALUE_SIM ;
            assign RDGATE_MIN_READS_THRESHOLD_int = DEF_RDGATE_MIN_READS_THRESHOLD_SIM ;
            assign phy_gate_train_delay_int = DEF_PHY_GATE_TRAIN_DELAY_SIM ;
            assign phy_eye_train_delay_int = DEF_PHY_EYE_TRAIN_DELAY_SIM ;
        end else begin
    /* synthesis translate_on */
            assign phy_train_step_enable_int = DEF_PHY_TRAIN_STEP_ENABLE;
            assign ADDR_WAIT_COUNT_int = DEF_ADDR_WAIT_COUNT ;
            assign WRCAL_WRITE_COUNTER_VALUE_int = DEF_WRCAL_WRITE_COUNTER_VALUE ;
            assign RDGATE_MIN_READS_THRESHOLD_int = DEF_RDGATE_MIN_READS_THRESHOLD ;
            assign phy_gate_train_delay_int = DEF_PHY_GATE_TRAIN_DELAY ;
            assign phy_eye_train_delay_int = DEF_PHY_EYE_TRAIN_DELAY ;
    /* synthesis translate_off */
        end
    endgenerate
    /* synthesis translate_on */

    /* synthesis translate_off */
    generate
        if ( 1 ) begin
            assign cfg_dfi_t_phy_wrlat_int = DEF_CFG_DFI_T_PHY_WRLAT_SIM;
            assign cfg_dfi_t_rddata_en_int = DEF_CFG_DFI_T_RDDATA_EN_SIM;
        end else begin
    /* synthesis translate_on */
            assign cfg_dfi_t_phy_wrlat_int = DEF_CFG_DFI_T_PHY_WRLAT;
            assign cfg_dfi_t_rddata_en_int = DEF_CFG_DFI_T_RDDATA_EN;
    /* synthesis translate_off */
        end
    endgenerate
    /* synthesis translate_on */

        /* synthesis translate_off */
    generate
        if ( 1 ) begin
            assign ADDR_VCOPHS_OFFSET = DEF_ADDR_VCOPHS_OFFSET_SIM;
        end else begin
    /* synthesis translate_on */
            assign ADDR_VCOPHS_OFFSET = DEF_ADDR_VCOPHS_OFFSET;
    /* synthesis translate_off */
        end
    endgenerate
    /* synthesis translate_on */

    
    

    assign cfg_startup_delay = cfg_startup_delay_int;
    assign cfg_dfi_t_phy_wrlat = cfg_dfi_t_phy_wrlat_int;
    assign phy_train_step_enable = phy_train_step_enable_int;
    assign cfg_dfi_t_rddata_en = cfg_dfi_t_rddata_en_int;

    assign ADDR_WAIT_COUNT = ADDR_WAIT_COUNT_int;
    assign WRCAL_WRITE_COUNTER_VALUE = WRCAL_WRITE_COUNTER_VALUE_int;
    assign RDGATE_MIN_READS_THRESHOLD = RDGATE_MIN_READS_THRESHOLD_int;
    assign phy_gate_train_delay = phy_gate_train_delay_int;
    assign phy_eye_train_delay = phy_eye_train_delay_int;

    assign cfg_zqinit_cal_duration = DEF_CFG_ZQINIT_CAL_DURATION;
    assign cfg_zq_cal_type = DEF_CFG_ZQ_CAL_TYPE;
    assign cfg_zq_cal_s_duration = DEF_CFG_ZQ_CAL_S_DURATION;
    assign cfg_zq_cal_r_duration = DEF_CFG_ZQ_CAL_R_DURATION;
    assign cfg_zq_cal_per = DEF_CFG_ZQ_CAL_PER;
    assign cfg_zq_cal_l_duration = DEF_CFG_ZQ_CAL_L_DURATION;
    assign cfg_xsr = DEF_CFG_XSR;
    assign cfg_xsdll = DEF_CFG_XSDLL;
    assign cfg_xs = DEF_CFG_XS;
    assign cfg_xpr = DEF_CFG_XPR;
    assign cfg_xp = DEF_CFG_XP;
    assign cfg_wtr_s_crc_dm = DEF_CFG_WTR_S_CRC_DM;
    assign cfg_wtr_s = DEF_CFG_WTR_S;
    assign cfg_wtr_l_crc_dm = DEF_CFG_WTR_L_CRC_DM;
    assign cfg_wtr_l = DEF_CFG_WTR_L;
    assign cfg_wtr = DEF_CFG_WTR;
    assign cfg_write_to_write_odt = DEF_CFG_WRITE_TO_WRITE_ODT;
    assign cfg_write_to_write = DEF_CFG_WRITE_TO_WRITE;
    assign cfg_write_to_read_odt = DEF_CFG_WRITE_TO_READ_ODT;
    assign cfg_write_to_read = DEF_CFG_WRITE_TO_READ;
    assign cfg_write_dbi = DEF_CFG_WRITE_DBI;
    assign cfg_write_crc = DEF_CFG_WRITE_CRC;
    assign cfg_wr_preamble = DEF_CFG_WR_PREAMBLE;
    assign cfg_wr_crc_dm = DEF_CFG_WR_CRC_DM;
    assign cfg_wr_cmd_lat_crc_dm = DEF_CFG_WR_CMD_LAT_CRC_DM;
    assign cfg_wr = DEF_CFG_WR;
    assign cfg_wl = DEF_CFG_WL;
    assign cfg_vrefdq_trn_value = DEF_CFG_VREFDQ_TRN_VALUE;
    assign cfg_vrefdq_trn_range = DEF_CFG_VREFDQ_TRN_RANGE;
    assign cfg_vrefdq_trn_enable = DEF_CFG_VREFDQ_TRN_ENABLE;
    assign cfg_two_t_sel_cycle = DEF_CFG_TWO_T_SEL_CYCLE;
    assign cfg_two_t = DEF_CFG_TWO_T;
    assign cfg_trig_mode = DEF_CFG_TRIG_MODE;
    assign cfg_trig_mask = DEF_CFG_TRIG_MASK;
    assign cfg_temp_sensor_readout = DEF_CFG_TEMP_SENSOR_READOUT;
    assign cfg_temp_ctrl_ref_range = DEF_CFG_TEMP_CTRL_REF_RANGE;
    assign cfg_temp_ctrl_ref_mode = DEF_CFG_TEMP_CTRL_REF_MODE;
    assign cfg_tdqs = DEF_CFG_TDQS;
    assign cfg_starve_timeout_p7 = DEF_CFG_STARVE_TIMEOUT_P7;
    assign cfg_starve_timeout_p6 = DEF_CFG_STARVE_TIMEOUT_P6;
    assign cfg_starve_timeout_p5 = DEF_CFG_STARVE_TIMEOUT_P5;
    assign cfg_starve_timeout_p4 = DEF_CFG_STARVE_TIMEOUT_P4;
    assign cfg_starve_timeout_p3 = DEF_CFG_STARVE_TIMEOUT_P3;
    assign cfg_starve_timeout_p2 = DEF_CFG_STARVE_TIMEOUT_P2;
    assign cfg_starve_timeout_p1 = DEF_CFG_STARVE_TIMEOUT_P1;
    assign cfg_starve_timeout_p0 = DEF_CFG_STARVE_TIMEOUT_P0;
    assign cfg_pre_trig_cycs = DEF_CFG_PRE_TRIG_CYCS;    
    assign cfg_srt = DEF_CFG_SRT;
    assign cfg_sr_abort = DEF_CFG_SR_ABORT;
    assign cfg_rtt_wr = DEF_CFG_RTT_WR;
    assign cfg_rtt_park = DEF_CFG_RTT_PARK;
    assign cfg_rtt = DEF_CFG_RTT;
    assign cfg_rtp = DEF_CFG_RTP;
    assign cfg_rrd_s = DEF_CFG_RRD_S;
    assign cfg_rrd_l = DEF_CFG_RRD_L;
    assign cfg_rrd_dlr = DEF_CFG_RRD_DLR;
    assign cfg_rrd = DEF_CFG_RRD;
    assign cfg_rp = DEF_CFG_RP;
    assign cfg_rowaddr_map = (DEF_CFG_ROWADDR_MAP_3 << 84) | (DEF_CFG_ROWADDR_MAP_2 << 56) | (DEF_CFG_ROWADDR_MAP_1 << 28) | (DEF_CFG_ROWADDR_MAP_0);
    assign cfg_rmw_en = DEF_CFG_RMW_EN;
    assign cfg_rl = DEF_CFG_RL;
    assign cfg_rfc_dlr4 = DEF_CFG_RFC_DLR4;
    assign cfg_rfc_dlr2 = DEF_CFG_RFC_DLR2;
    assign cfg_rfc_dlr1 = DEF_CFG_RFC_DLR1;
    assign cfg_rfc4 = DEF_CFG_RFC4;
    assign cfg_rfc2 = DEF_CFG_RFC2;
    assign cfg_rfc1 = DEF_CFG_RFC1;
    assign cfg_rfc = DEF_CFG_RFC;
    assign cfg_regdimm = DEF_CFG_REGDIMM;
    assign cfg_ref_per = DEF_CFG_REF_PER;
    assign cfg_read_to_write_odt = DEF_CFG_READ_TO_WRITE_ODT;
    assign cfg_read_to_write = DEF_CFG_READ_TO_WRITE;
    assign cfg_read_to_read_odt = DEF_CFG_READ_TO_READ_ODT;
    assign cfg_read_to_read = DEF_CFG_READ_TO_READ;
    assign cfg_read_dbi = DEF_CFG_READ_DBI;
    assign cfg_rdimm_lat = DEF_CFG_RDIMM_LAT;
    assign cfg_rdimm_bside_invert = DEF_CFG_RDIMM_BSIDE_INVERT;
    assign cfg_rd_preamble = DEF_CFG_RD_PREAMBLE;
    assign cfg_rd_preamb_trn_mode = DEF_CFG_RD_PREAMB_TRN_MODE;
    assign cfg_rcd_stab = DEF_CFG_RCD_STAB;
    assign cfg_rcd = DEF_CFG_RCD;
    assign cfg_rc = DEF_CFG_RC;
    assign cfg_ras = DEF_CFG_RAS;
    assign cfg_quad_rank = DEF_CFG_QUAD_RANK;
    assign cfg_qoff = DEF_CFG_QOFF;
    assign cfg_post_trig_cycs = DEF_CFG_POST_TRIG_CYCS;
    assign cfg_phyupd_ack_delay = DEF_CFG_PHYUPD_ACK_DELAY;
    assign cfg_per_dram_addr_en = DEF_CFG_PER_DRAM_ADDR_EN;
    assign cfg_pasr_seg = DEF_CFG_PASR_SEG;
    assign cfg_pasr_bank = DEF_CFG_PASR_BANK;
    assign cfg_pasr = DEF_CFG_PASR;
    assign cfg_parity_rdimm_delay = DEF_CFG_PARITY_RDIMM_DELAY;
    assign cfg_only_srank_cmds = DEF_CFG_ONLY_SRANK_CMDS;
    assign cfg_odt_wr_turn_on = DEF_CFG_ODT_WR_TURN_ON;
    assign cfg_odt_wr_turn_off = DEF_CFG_ODT_WR_TURN_OFF;
    assign cfg_odt_wr_map_cs7 = DEF_CFG_ODT_WR_MAP_CS7;
    assign cfg_odt_wr_map_cs6 = DEF_CFG_ODT_WR_MAP_CS6;
    assign cfg_odt_wr_map_cs5 = DEF_CFG_ODT_WR_MAP_CS5;
    assign cfg_odt_wr_map_cs4 = DEF_CFG_ODT_WR_MAP_CS4;
    assign cfg_odt_wr_map_cs3 = DEF_CFG_ODT_WR_MAP_CS3;
    assign cfg_odt_wr_map_cs2 = DEF_CFG_ODT_WR_MAP_CS2;
    assign cfg_odt_wr_map_cs1 = DEF_CFG_ODT_WR_MAP_CS1;
    assign cfg_odt_wr_map_cs0 = DEF_CFG_ODT_WR_MAP_CS0;
    assign cfg_odt_rd_turn_on = DEF_CFG_ODT_RD_TURN_ON;
    assign cfg_odt_rd_turn_off = DEF_CFG_ODT_RD_TURN_OFF;
    assign cfg_odt_rd_map_cs7 = DEF_CFG_ODT_RD_MAP_CS7;
    assign cfg_odt_rd_map_cs6 = DEF_CFG_ODT_RD_MAP_CS6;
    assign cfg_odt_rd_map_cs5 = DEF_CFG_ODT_RD_MAP_CS5;
    assign cfg_odt_rd_map_cs4 = DEF_CFG_ODT_RD_MAP_CS4;
    assign cfg_odt_rd_map_cs3 = DEF_CFG_ODT_RD_MAP_CS3;
    assign cfg_odt_rd_map_cs2 = DEF_CFG_ODT_RD_MAP_CS2;
    assign cfg_odt_rd_map_cs1 = DEF_CFG_ODT_RD_MAP_CS1;
    assign cfg_odt_rd_map_cs0 = DEF_CFG_ODT_RD_MAP_CS0;
    assign cfg_odt_powerdown = DEF_CFG_ODT_POWERDOWN;
    assign cfg_odt_inbuf_4_pd = DEF_CFG_ODT_INBUF_4_PD;
    assign cfg_num_ranks = DEF_CFG_NUM_RANKS;
    assign cfg_num_logical_ranks_per_3ds = DEF_CFG_NUM_LOGICAL_RANKS_PER_3DS;
    assign cfg_num_cal_reads = DEF_CFG_NUM_CAL_READS;
    assign cfg_nibble_devices = DEF_CFG_NIBBLE_DEVICES;
    assign cfg_mrw = DEF_CFG_MRW;
    assign cfg_mrri = DEF_CFG_MRRI;
    assign cfg_mrr = DEF_CFG_MRR;
    assign cfg_mpr_read_format = DEF_CFG_MPR_READ_FORMAT;
    assign cfg_mod = DEF_CFG_MOD;
    assign cfg_mirror_x16_bg0_bg1 = DEF_CFG_MIRROR_X16_BG0_BG1;
    assign cfg_min_read_idle = DEF_CFG_MIN_READ_IDLE;
    assign cfg_memory_type = DEF_CFG_MEMORY_TYPE;
    assign cfg_mem_rowbits = DEF_CFG_MEM_ROWBITS;
    assign cfg_mem_colbits = DEF_CFG_MEM_COLBITS;
    assign cfg_mem_bankbits = DEF_CFG_MEM_BANKBITS;
    assign cfg_mb_autopch_col_bit_pos_low = DEF_CFG_MB_AUTOPCH_COL_BIT_POS_LOW;
    assign cfg_mb_autopch_col_bit_pos_high = DEF_CFG_MB_AUTOPCH_COL_BIT_POS_HIGH;
    assign cfg_max_pwr_down_mode = DEF_CFG_MAX_PWR_DOWN_MODE;
    assign cfg_manual_address_map = DEF_CFG_MANUAL_ADDRESS_MAP;
    assign cfg_lrdimm = DEF_CFG_LRDIMM;
    assign cfg_lp_asr = DEF_CFG_LP_ASR;
    assign cfg_lookahead_pch = DEF_CFG_LOOKAHEAD_PCH;
    assign cfg_lookahead_act = DEF_CFG_LOOKAHEAD_ACT;
    assign cfg_int_vref_mon = DEF_CFG_INT_VREF_MON;
    assign cfg_init_duration = DEF_CFG_INIT_DURATION;
    assign cfg_idle_time_to_self_refresh = DEF_CFG_IDLE_TIME_TO_SELF_REFRESH;
    assign cfg_idle_time_to_power_down = DEF_CFG_IDLE_TIME_TO_POWER_DOWN;
    assign cfg_geardown_mode = DEF_CFG_GEARDOWN_MODE;
    assign cfg_fine_gran_ref_mode = DEF_CFG_FINE_GRAN_REF_MODE;
    assign cfg_faw_dlr = DEF_CFG_FAW_DLR;
    assign cfg_faw = DEF_CFG_FAW;
    assign cfg_error_group_sel = DEF_CFG_ERROR_GROUP_SEL;
    assign cfg_en_mask = DEF_CFG_EN_MASK;
    assign cfg_emr3 = DEF_CFG_EMR3;
    assign cfg_ecc_correction_en = DEF_CFG_ECC_CORRECTION_EN;
    assign cfg_early_rank_to_wr_start = DEF_CFG_EARLY_RANK_TO_WR_START;
    assign cfg_early_rank_to_rd_start = DEF_CFG_EARLY_RANK_TO_RD_START;
    assign cfg_ds = DEF_CFG_DS;
    assign cfg_dram_clk_disable_in_self_refresh = DEF_CFG_DRAM_CLK_DISABLE_IN_SELF_REFRESH;
    assign cfg_dm_en = DEF_CFG_DM_EN;
    assign cfg_dll_disable = DEF_CFG_DLL_DISABLE;
    assign cfg_dfi_t_phy_rdlat = DEF_CFG_DFI_T_PHY_RDLAT;
    assign cfg_dfi_t_dram_clk_enable = DEF_CFG_DFI_T_DRAM_CLK_ENABLE;
    assign cfg_dfi_t_ctrlupd_max = DEF_CFG_DFI_T_CTRLUPD_MAX;
    assign cfg_dfi_t_ctrl_delay = DEF_CFG_DFI_T_CTRL_DELAY;
    assign cfg_dfi_phyupd_en = DEF_CFG_DFI_PHYUPD_EN;
    assign cfg_dfi_lvl_sel = DEF_CFG_DFI_LVL_SEL;
    assign cfg_dfi_lvl_periodic = DEF_CFG_DFI_LVL_PERIODIC;
    assign cfg_dfi_lvl_pattern = DEF_CFG_DFI_LVL_PATTERN;
    assign cfg_dfi_data_byte_disable = DEF_CFG_DFI_DATA_BYTE_DISABLE;
    assign cfg_data_sel = DEF_CFG_DATA_SEL;
    assign cfg_data_sel_first_error = DEF_CFG_DATA_SEL_FIRST_ERROR;
    assign cfg_data_mask = DEF_CFG_DATA_MASK;
    assign cfg_cwl = DEF_CFG_CWL;
    assign cfg_ctrlupd_trig = DEF_CFG_CTRLUPD_TRIG;
    assign cfg_ctrlupd_start_delay = DEF_CFG_CTRLUPD_START_DELAY;
    assign cfg_ctrlr_init_disable = DEF_CFG_CTRLR_INIT_DISABLE;
    assign cfg_ctrlr_busy_value = DEF_CFG_CTRLR_BUSY_VALUE;
    assign cfg_ctrlr_busy_turn_off_delay = DEF_CFG_CTRLR_BUSY_TURN_OFF_DELAY;
    assign cfg_ctrlr_busy_slow_restart_window = DEF_CFG_CTRLR_BUSY_SLOW_RESTART_WINDOW;
    assign cfg_ctrlr_busy_sel = DEF_CFG_CTRLR_BUSY_SEL;
    assign cfg_ctrlr_busy_restart_holdoff = DEF_CFG_CTRLR_BUSY_RESTART_HOLDOFF;
    assign cfg_ctrlr_busy_enable = DEF_CFG_CTRLR_BUSY_ENABLE;
    assign cfg_cs_to_cmdaddr_latency = DEF_CFG_CS_TO_CMDADDR_LATENCY;
    assign cfg_crc_error_clear = DEF_CFG_CRC_ERROR_CLEAR;
    assign cfg_coladdr_map = (DEF_CFG_COLADDR_MAP_3 << 84) | (DEF_CFG_COLADDR_MAP_2 << 56) | (DEF_CFG_COLADDR_MAP_1 << 28) | (DEF_CFG_COLADDR_MAP_0);
    assign cfg_cl = DEF_CFG_CL;
    assign cfg_cksrx = DEF_CFG_CKSRX;
    assign cfg_cksre = DEF_CFG_CKSRE;
    assign cfg_cidaddr_map = DEF_CFG_CIDADDR_MAP;
    assign cfg_chipaddr_map = DEF_CFG_CHIPADDR_MAP;
    assign cfg_ccd_s = DEF_CFG_CCD_S;
    assign cfg_ccd_l = DEF_CFG_CCD_L;
    assign cfg_cal_read_period = DEF_CFG_CAL_READ_PERIOD;
    assign cfg_ca_parity_persist_err = DEF_CFG_CA_PARITY_PERSIST_ERR;
    assign cfg_ca_parity_latency = DEF_CFG_CA_PARITY_LATENCY;
    assign cfg_ca_parity_err_status = DEF_CFG_CA_PARITY_ERR_STATUS;
    assign cfg_burst_rw_refresh_holdoff = DEF_CFG_BURST_RW_REFRESH_HOLDOFF;
    assign cfg_bt = DEF_CFG_BT;
    assign cfg_bl_mode = DEF_CFG_BL_MODE;
    assign cfg_bl = DEF_CFG_BL;
    assign cfg_bit_map_index_cs9 = DEF_CFG_BIT_MAP_INDEX_CS9;
    assign cfg_bit_map_index_cs8 = DEF_CFG_BIT_MAP_INDEX_CS8;
    assign cfg_bit_map_index_cs7 = DEF_CFG_BIT_MAP_INDEX_CS7;
    assign cfg_bit_map_index_cs6 = DEF_CFG_BIT_MAP_INDEX_CS6;
    assign cfg_bit_map_index_cs5 = DEF_CFG_BIT_MAP_INDEX_CS5;
    assign cfg_bit_map_index_cs4 = DEF_CFG_BIT_MAP_INDEX_CS4;
    assign cfg_bit_map_index_cs3 = DEF_CFG_BIT_MAP_INDEX_CS3;
    assign cfg_bit_map_index_cs2 = DEF_CFG_BIT_MAP_INDEX_CS2;
    assign cfg_bit_map_index_cs15 = DEF_CFG_BIT_MAP_INDEX_CS15;
    assign cfg_bit_map_index_cs14 = DEF_CFG_BIT_MAP_INDEX_CS14;
    assign cfg_bit_map_index_cs13 = DEF_CFG_BIT_MAP_INDEX_CS13;
    assign cfg_bit_map_index_cs12 = DEF_CFG_BIT_MAP_INDEX_CS12;
    assign cfg_bit_map_index_cs11 = DEF_CFG_BIT_MAP_INDEX_CS11;
    assign cfg_bit_map_index_cs10 = DEF_CFG_BIT_MAP_INDEX_CS10;
    assign cfg_bit_map_index_cs1 = DEF_CFG_BIT_MAP_INDEX_CS1;
    assign cfg_bit_map_index_cs0 = DEF_CFG_BIT_MAP_INDEX_CS0;
    assign cfg_bg_interleave = DEF_CFG_BG_INTERLEAVE;
    assign cfg_bankaddr_map = DEF_CFG_BANKADDR_MAP;
    assign cfg_auto_zq_cal_en = DEF_CFG_AUTO_ZQ_CAL_EN;
    assign cfg_auto_sr = DEF_CFG_AUTO_SR;
    assign cfg_auto_ref_en = DEF_CFG_AUTO_REF_EN;
    assign cfg_async_odt = DEF_CFG_ASYNC_ODT;
    assign cfg_al_mode = DEF_CFG_AL_MODE;
    assign cfg_addr_mirror = DEF_CFG_ADDR_MIRROR;

    assign axi0_cfg_axi_start_address = DEF_AXI0_CFG_AXI_START_ADDRESS;
    assign axi0_cfg_axi_end_address = DEF_AXI0_CFG_AXI_END_ADDRESS;
    assign axi0_cfg_mem_start_address = DEF_AXI0_CFG_MEM_START_ADDRESS;
    assign axi0_cfg_enable_bus_hold = DEF_AXI0_CFG_ENABLE_BUS_HOLD;

endmodule